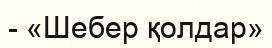
- «Шебер қолдар»